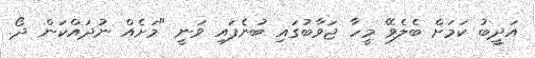
އަދީބު ކަމަށް ބެލެވޭ މީހާ ޖަވާބުގައި ބުނެފައި ވަނީ "މަށެއް ނުދައްކަން ދޯ.